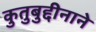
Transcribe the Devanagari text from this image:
कुतुबुद्दीनाने